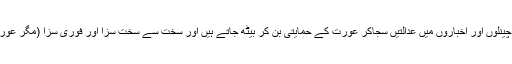
جب ایسی کوئی بارودی سرنگ پھٹ کر خبر بن جاتی ہے، تو پھر یہی جنس کا کاروبار کرنے والے چینلوں اور اخباروں میں عدالتیں سجاکر عورت کے حمایتی بن کر بیٹھ جاتے ہیں اور سخت سے سخت سزا اور فوری سزا (مگر عورت زیادہ سے زیادہ آزادی اور ہر جگہ موجودگی پر اصرار کے ساتھ) کی مانگ کرتے نظر آتے ہیں۔